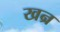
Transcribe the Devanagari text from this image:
खन्र